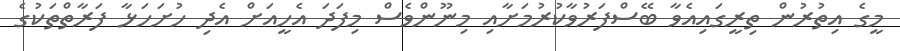
މީގެ އިތުރުން ތިރީގައިއެވާ ބޭސްފަރުވާކުރުމަށާއި މިނޫންވެސް މިފަދަ އެހީއަށް އެދި ހުށަހަޅާ ފަރާތްތަކުގެ